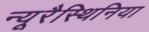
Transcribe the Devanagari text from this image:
न्यूरैस्थिनिया